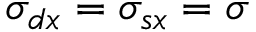
\sigma _ { d x } = \sigma _ { s x } = \sigma